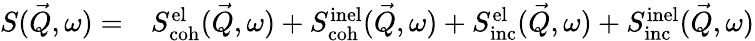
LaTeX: \begin{array}{rl}{S(\vec{Q},\omega)=}&{{}S_{\mathrm{coh}}^{\mathrm{el}}(\vec{Q},\omega)+S_{\mathrm{coh}}^{\mathrm{inel}}(\vec{Q},\omega)+S_{\mathrm{inc}}^{\mathrm{el}}(\vec{Q},\omega)+S_{\mathrm{inc}}^{\mathrm{inel}}(\vec{Q},\omega)}\end{array}